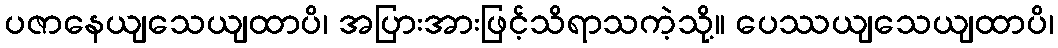
ပဇာနေယျသေယျထာပိ၊ အပြားအားဖြင့်သိရာသကဲ့သို့။ ပေဿယျသေယျထာပိ၊